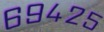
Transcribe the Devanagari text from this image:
६९४२५